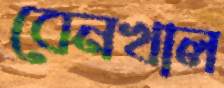
বেনখাল